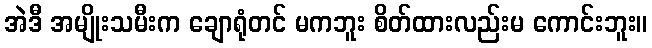
အဲဒီ အမျိုးသမီးက ချောရုံတင် မကဘူး စိတ်ထားလည်းမ ကောင်းဘူး။